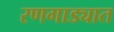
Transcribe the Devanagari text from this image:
रणगाड्यात